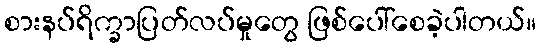
စားနပ်ရိက္ခာပြတ်လပ်မှုတွေ ဖြစ်ပေါ်စေခဲ့ပါတယ်။